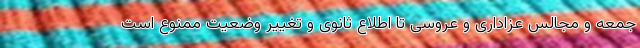
جمعه و مجالس عزاداری و عروسی تا اطلاع ثانوی و تغییر وضعیت ممنوع است